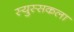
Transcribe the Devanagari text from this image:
स्युस्सकला